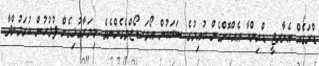
ޑްރަގެއް އެނާރޖީ ޑްރިންކާ އެއްކޮށްގެން ބުއިމުގެ ސަބަބުން އޯވަރޑޯޒްވެގެންނެވެ. މިމަރާގުޅިގެން ފުލުހުން ކުރަމުންދާ